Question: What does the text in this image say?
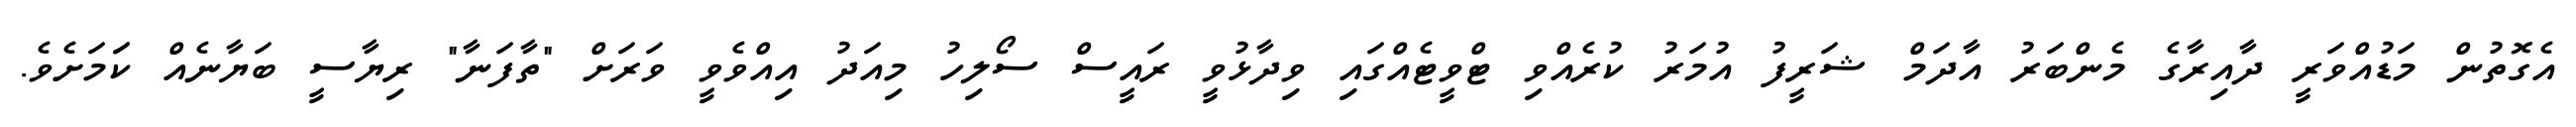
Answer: އެގޮތުން މަޑުއްވަރީ ދާއިރާގެ މެންބަރު އާދަމް ޝަރީފު އުމަރު ކުރެއްވި ޓްވީޓެއްގައި ވިދާޅުވީ ރައީސް ސޯލިހު މިއަދު އިއްވެވީ ވަރަށް "ތާފަނާ" ރިޔާސީ ބަޔާނެއް ކަަމަށެވެ.